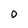
Character: 0